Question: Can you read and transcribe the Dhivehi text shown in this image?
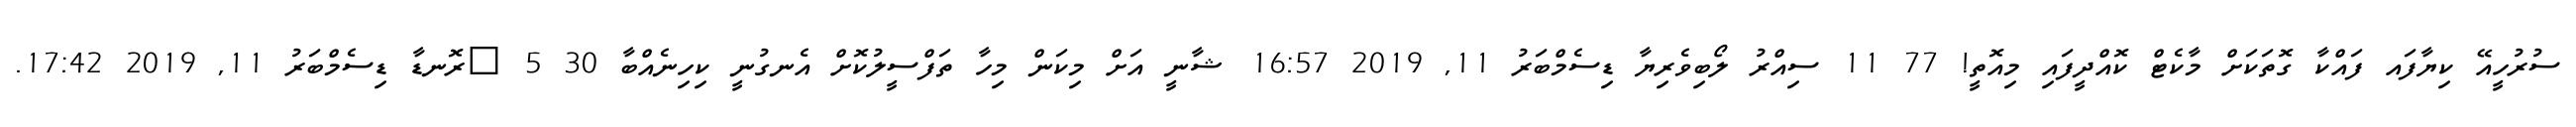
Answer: ސުރުހީއޭ ކިޔާފައ ފައްކާ ގޮތަކަށް މާކެޓް ކޮއްދީފައި މިއޮތީ! 77 11 ސިއްރު ލޯބިވެރިޔާ ޑިސެމްބަރު 11, 2019 16:57 ޝާނީ އަށް މިކަން މިހާ ތަފްސީލުކޮށް އެނގުނީ ކިހިނެއްބާ 30 5 ?ރޮނޑާ ޑިސެމްބަރު 11, 2019 17:42.